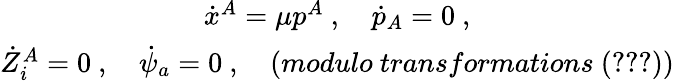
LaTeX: \begin{array}{c}{{\dot{x}^{A}=\mu p^{A}\ ,\quad\dot{p}_{A}=0\ ,}}\\ {{\dot{Z}_{i}^{A}=0\ ,\quad\dot{\psi}_{a}=0\ ,\quad(modulo\ transformations\ (\ref{eqrel}))}}\end{array}